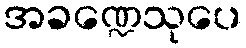
အခဏ္ဍေသုပေ